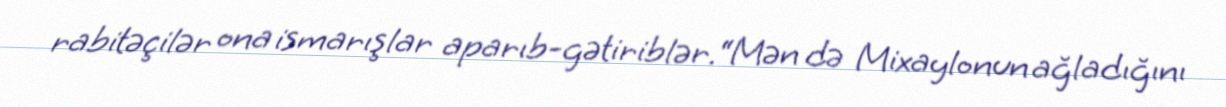
rabitəçilər ona ismarışlar aparıb-gətiriblər.“Mən də Mixaylonun ağladığını